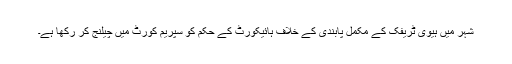
شہر میں ہیوی ٹریفک کے مکمل پابندی کے خلاف ہائیکورٹ کے حکم کو سپریم کورٹ میں چیلنج کر رکھا ہے۔